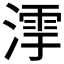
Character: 𣼻